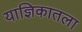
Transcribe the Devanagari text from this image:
याज्ञिकातला